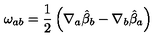
\omega _ { a b } = \frac { 1 } { 2 } \left( \nabla _ { a } { \hat { \beta } _ { b } } - \nabla _ { b } { \hat { \beta } _ { a } } \right)